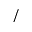
/